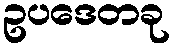
ဥပဒေတခု